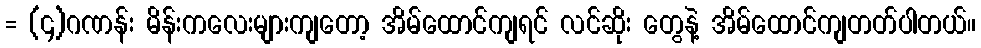
= (၄)ဂဏန်း မိန်းကလေးများကျတော့ အိမ်ထောင်ကျရင် လင်ဆိုး တွေနဲ့ အိမ်ထောင်ကျတတ်ပါတယ်။